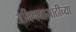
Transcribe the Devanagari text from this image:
अभिनयासाठीच्या